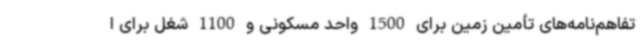
تفاهم‌نامه‌های تأمین زمین برای 1500 واحد مسکونی و 1100 شغل برای ا